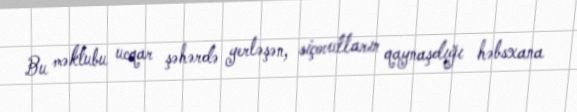
Bu məktubu ucqar şəhərdə yerləşən, siçovulların qaynaşdığı həbsxana